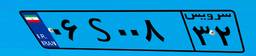
۰۶S۰۰۸۳۲